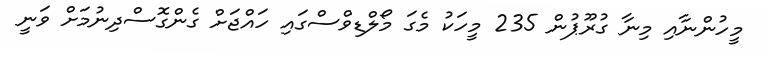
މީހުންނާއި މިނާ ގުރޫޕުން 235 މީހަކު މެގަ މޯލްޑިވްސްގައި ހައްޖަށް ގެންގޮސްދިނުމަށް ވަނީ